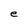
Character: e